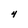
Character: 4